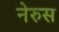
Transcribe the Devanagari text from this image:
नेरुस